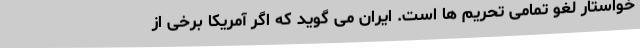
خواستار لغو تمامی تحریم ها است. ایران می گوید که اگر آمریکا برخی از